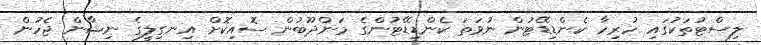
ލިސްޓުތަކުގައި ހުރިހާ ކެންޑިޑޭޓުން ނުވަތަ ކެންޑިޑޭޓުންގެ މަންދޫބުން ސޮއިކޮށް އިނގިލީގެ ނިޝާން ޖެހުން